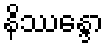
နိဿန္ဒော